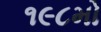
૧૯૮મો